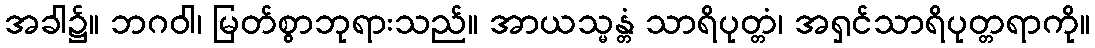
အခါ၌။ ဘဂဝါ၊ မြတ်စွာဘုရားသည်။ အာယသ္မန္တံ သာရိပုတ္တံ၊ အရှင်သာရိပုတ္တရာကို။